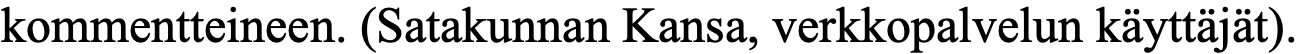
kommentteineen. (Satakunnan Kansa, verkkopalvelun käyttäjät).